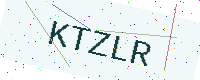
Text: KTZLR